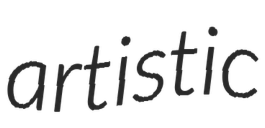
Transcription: artistic